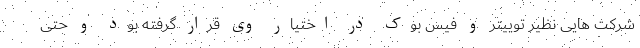
شرکت هایی نظیر توییتر و فیس بوک در اختیار وی قرار گرفته بود و حتی